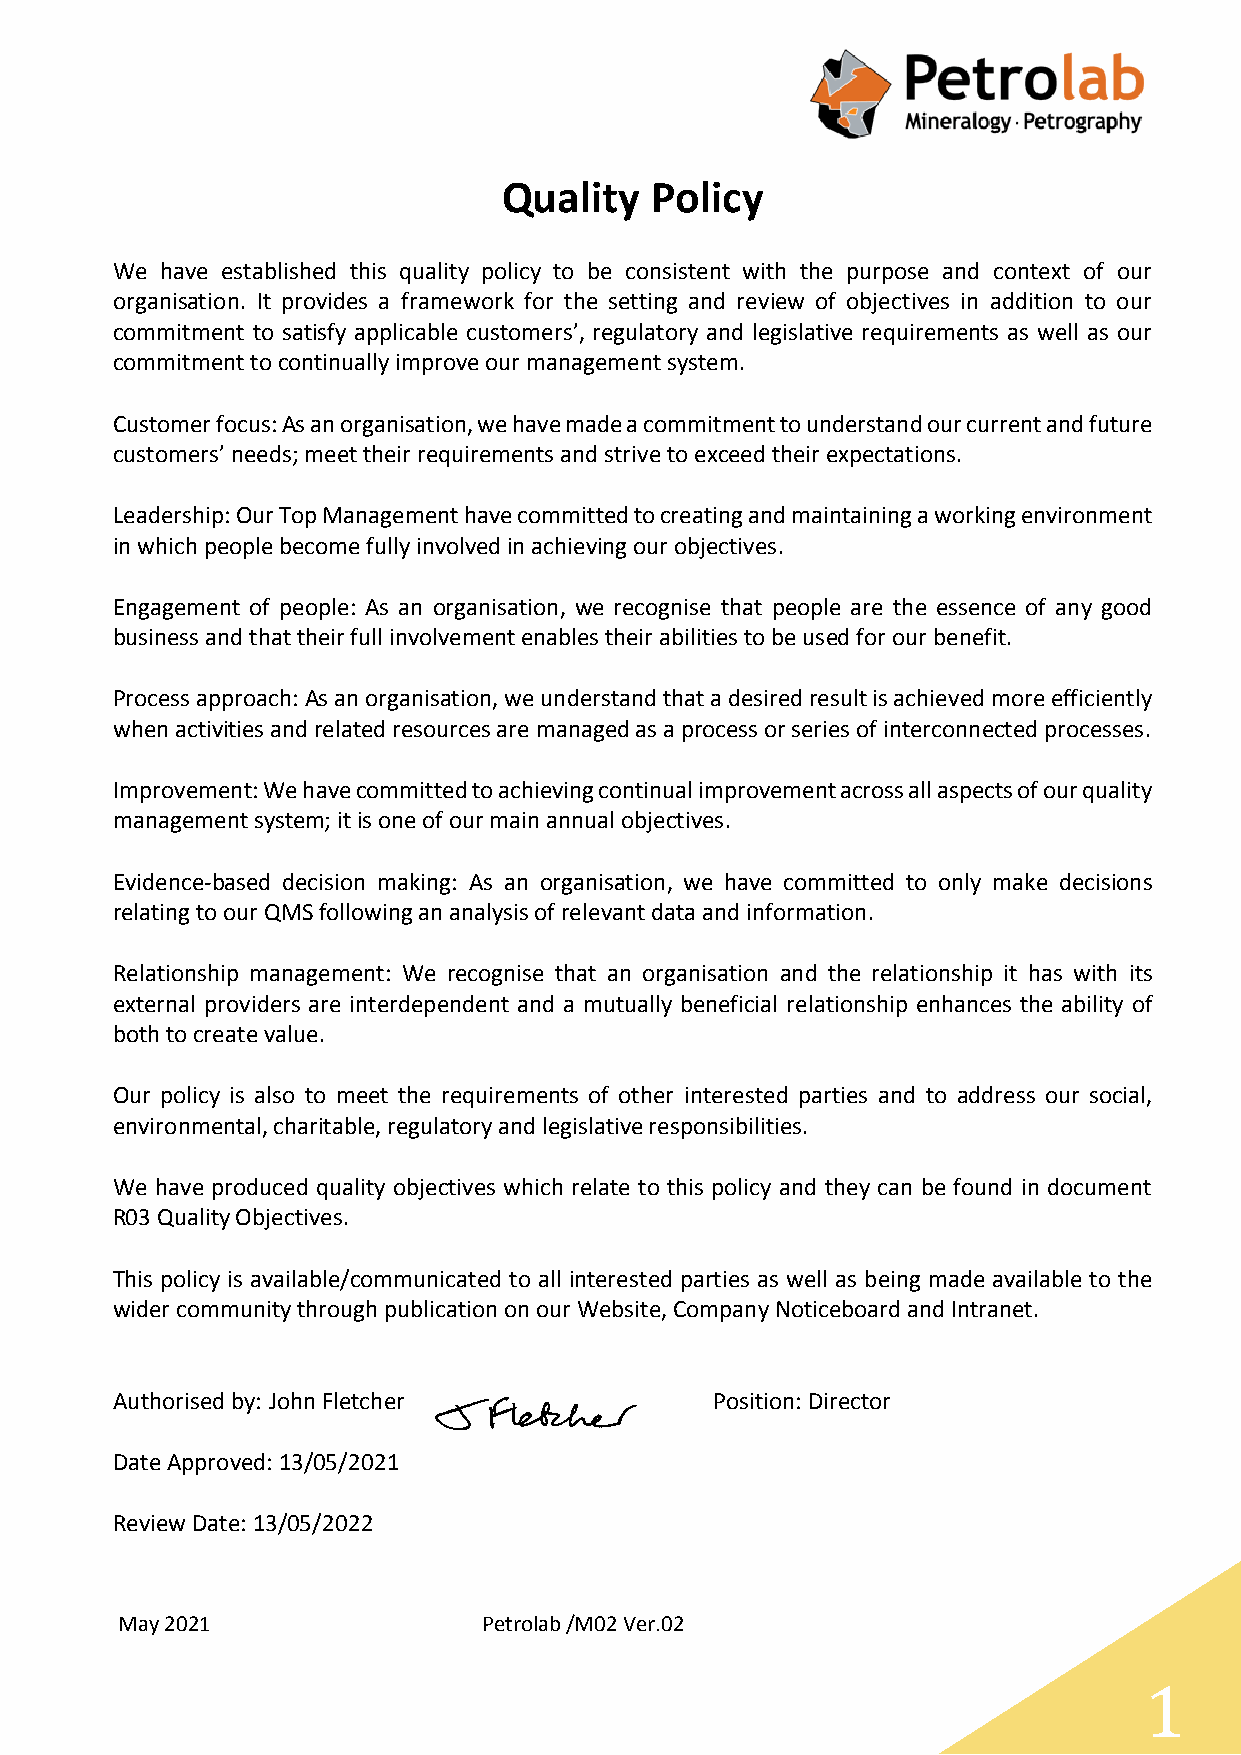
Quality   Policy
 We  have established this quality policy to be consistent with the purpose and context of our
 organisation. It provides a framework for the setting and review of objectives in addition to our
 commitment to satisfy applicable customers’, regulatory and legislative requirements as well as our
 commitment to continually improve our management system.
 Customer focus: As an organisation, we have made a commitment to understand our current and future
 customers’ needs; meet their requirements and strive to exceed their expectations.
 Leadership: Our Top Management have committed to creating and maintaining a working environment
 in which people become fully involved in achieving our objectives.
 Engagement of people: As an organisation, we recognise that people are the essence of any good
 business and that their full involvement enables their abilities to be used for our benefit.
 Process approach: As an organisation, we understand that a desired result is achieved more efficiently
 when activities and related resources are managed as a process or series of interconnected processes.
 Improvement: We have committed to achieving continual improvement across all aspects of our quality
 management system; it is one of our main annual objectives.
 Evidence-based decision making: As an organisation, we have committed to only make decisions
 relating to our QMS following an analysis of relevant data and information.
 Relationship management: We recognise that an organisation and the relationship it has with its
 external providers are interdependent and a mutually beneficial relationship enhances the ability of
 both to create value.
 Our policy is also to meet the requirements of other interested parties and to address our social,
 environmental, charitable, regulatory and legislative responsibilities.
 We have produced quality objectives which relate to this policy and they can be found in document
 R03 Quality Objectives.
 This policy is available/communicated to all interested parties as well as being made available to the
 wider community through publication on our Website, Company Noticeboard and Intranet.
 Authorised by: John Fletcher            Position: Director
 Date Approved: 13/05/2021
 Review Date: 13/05/2022
 May 2021                Petrolab /M02 Ver.02
 1